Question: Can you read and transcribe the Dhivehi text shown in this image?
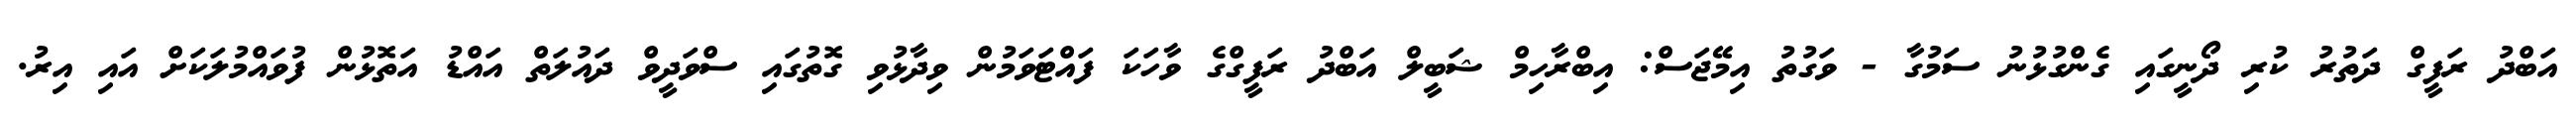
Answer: އަބްދު ރަފީގް ދަތުރު ކުރި ދޯނީގައި ގެންގުޅުނު ސަމުގާ - ވަގުތު އިމޭޖަސް: އިބްރާހިމް ޝަބީލް އަބްދު ރަފީގްގެ ވާހަކަ ފައްޓަވަމުން ވިދާޅުވި ގޮތުގައި ސްވަދީވް ދައުލަތް އައްޑު އަތޮޅުން ފުވައްމުލަކަށް އައި އިރު.